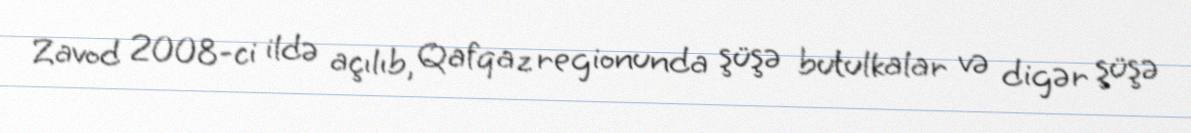
Zavod 2008-ci ildə açılıb, Qafqaz regionunda şüşə butulkalar və digər şüşə